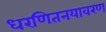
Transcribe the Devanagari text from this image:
धरणितनयावरण